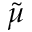
\tilde { \mu }